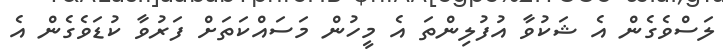
ލަސްވެގެން އެ ޝަކުވާ އުފުލިންތަ އެ މީހުން މަސައްކަތަށް ފަރުވާ ކުޑަވެގެން އެ